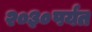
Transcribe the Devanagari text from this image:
२०३०पर्यंत